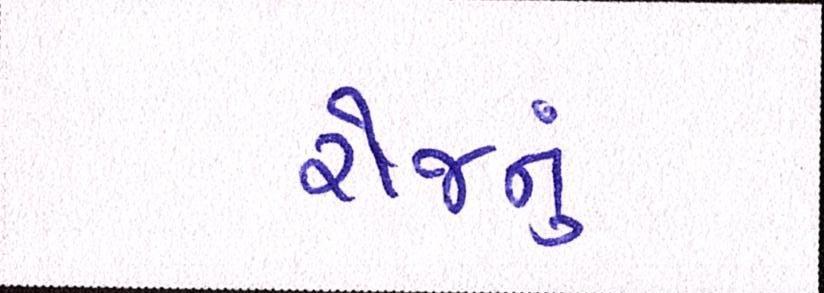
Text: રોજનું